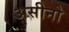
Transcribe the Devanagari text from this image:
असीनो